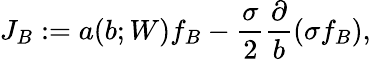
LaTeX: J_{B}:=a(b;W)f_{B}-\frac{\sigma}{2}\frac{\partial}{b}(\sigma f_{B}),